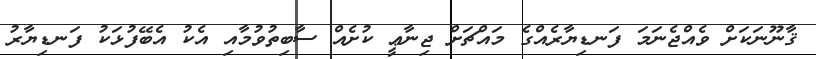
ޤާނޫނަކަށް ވެއްޖެނަމަ ފަނޑިޔާރެއްގެ މައްޗަށް ޖިނާޢީ ކުށެއް ސާބިތުވުމާއި އެކު އެބޭފުޅަކު ފަނޑިޔާރު